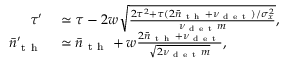
\begin{array} { r l } { \tau ^ { \prime } } & { { } \simeq \tau - 2 w \sqrt { \frac { 2 \tau ^ { 2 } + \tau ( 2 \bar { n } _ { \mathrm { ~ t ~ h ~ } } + \nu _ { \mathrm { ~ d ~ e ~ t ~ } } ) / \sigma _ { x } ^ { 2 } } { \nu _ { \mathrm { ~ d ~ e ~ t ~ } } m } } , } \\ { \bar { n } _ { \mathrm { ~ t ~ h ~ } } ^ { \prime } } & { { } \simeq \bar { n } _ { \mathrm { ~ t ~ h ~ } } + w \frac { 2 \bar { n } _ { \mathrm { ~ t ~ h ~ } } + \nu _ { \mathrm { ~ d ~ e ~ t ~ } } } { \sqrt { 2 \nu _ { \mathrm { ~ d ~ e ~ t ~ } } m } } , } \end{array}